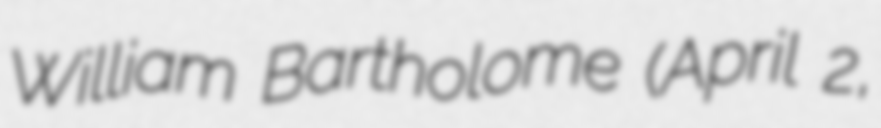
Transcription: William Bartholome (April 2,